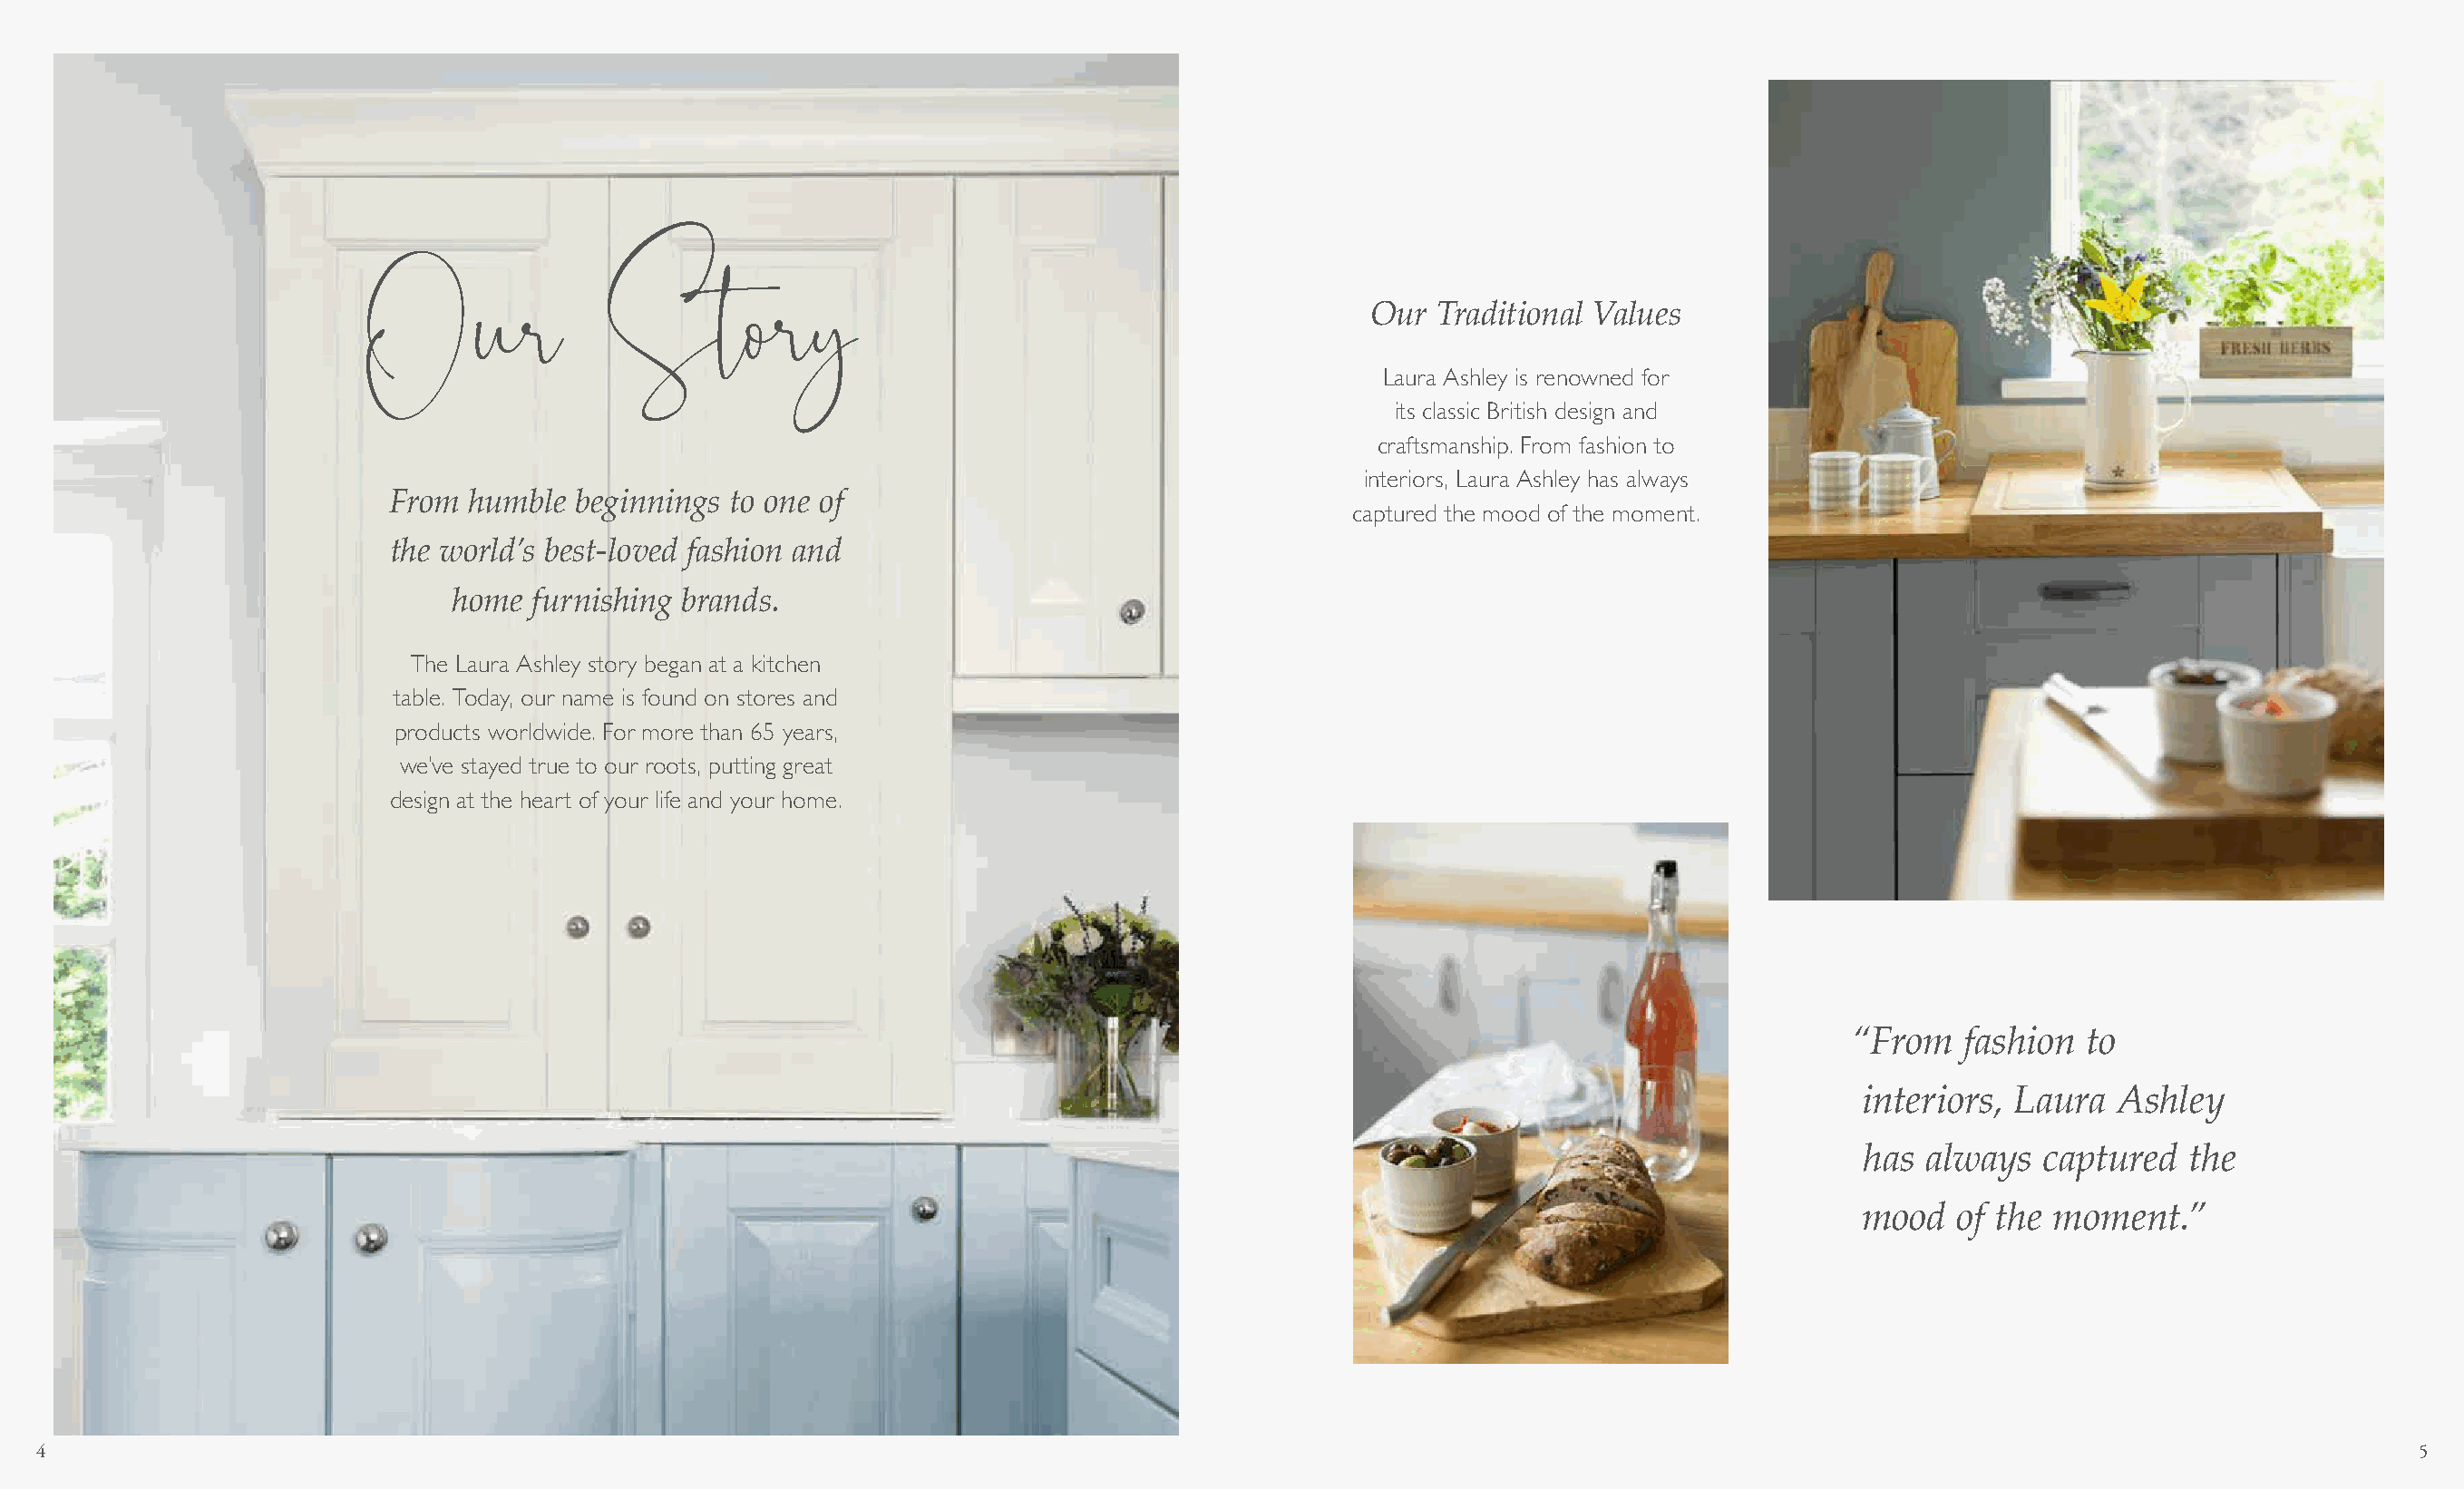
Our  Traditional Values
 Laura Ashley is renowned for
 Our              Story
 its classic British design and
 craftsmanship. From fashion to
 interiors, Laura Ashley has always
 From  humble  beginnings to one of
 captured the mood of the moment.
 the world’s best-loved fashion and
 home  furnishing brands.
 The Laura Ashley story began at a kitchen
 table. Today, our name is found on stores and
 products worldwide. For more than 65 years,
 we’ve stayed true to our roots, putting great
 design at the heart of your life and your home.
 “From   fashion  to
 interiors, Laura  Ashley
 has  always  captured   the
 mood   of the moment.”
 4                                                                                                                                                                             5